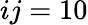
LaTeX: ij=10